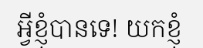
អ្វីខ្ញុំបានទេ! យកខ្ញុំ